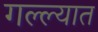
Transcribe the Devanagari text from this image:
गल्ल्यात